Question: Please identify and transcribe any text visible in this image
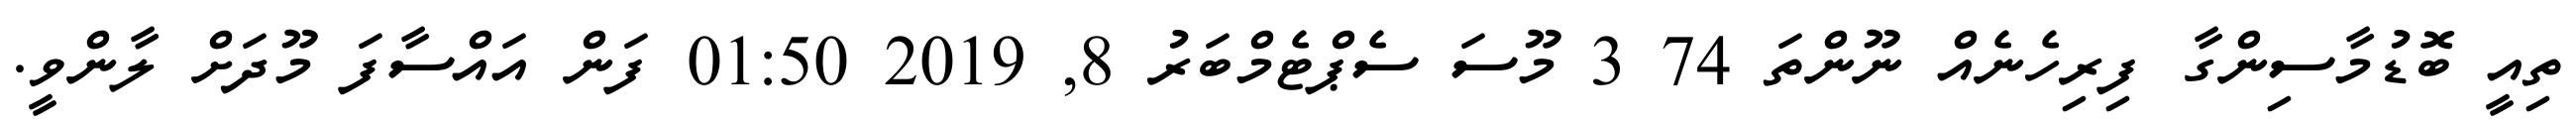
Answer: ތިއީ ބޮޑުމާސިންގާ ފިރިހެނެއް ނޫންތަ 74 3 މޫސަ ސެޕްޓެމްބަރު 8, 2019 01:50 ފަން އައްސާފަ މޫދަށް ލާންވީ.